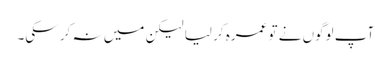
آپ لوگوں نے تو عمرہ کر لیا لیکن میں نہ کر سکی۔